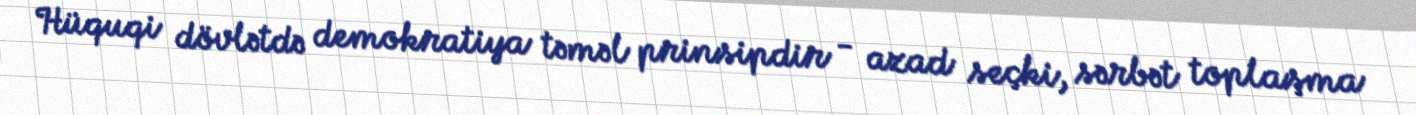
Hüquqi dövlətdə demokratiya təməl prinsipdir - azad seçki, sərbət toplaşma